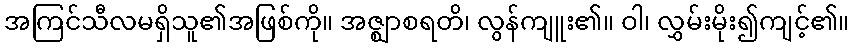
အကြင်သီလမရှိသူ၏အဖြစ်ကို။ အဇ္ဈာစရတိ၊ လွန်ကျူး၏။ ဝါ၊ လွှမ်းမိုး၍ကျင့်၏။